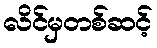
လိင်မှတစ်ဆင့်